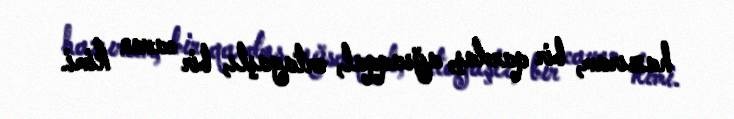
hazıram, bir qardaş, ağsaqqal, ortayaşlı, bir cavan kimi.